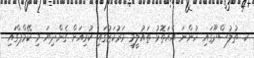
ކ. ތުލުސްދޫގައި ހުންނަ އެއަތޮޅު ތައުލީމީ މަރުކަޒުގައި ކުރިއަށް ގެންދިޔަ މި ކޭމްޕްގައި